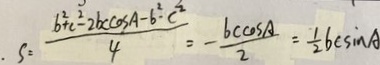
_ { \cdot } s = \frac { b ^ { 2 } + c ^ { 2 } - 2 b c \cos A - b ^ { 2 } - c ^ { 2 } } { 4 } = - \frac { b c \cos A } { 2 } = \frac { 1 } { 2 } b c \sin A